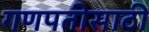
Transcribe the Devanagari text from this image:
गणपतीसाठी